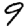
Digit: 9